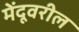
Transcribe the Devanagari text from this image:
मेंदूवरील